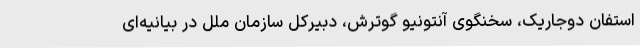
استفان دوجاریک، سخنگوی آنتونیو گوترش، دبیرکل سازمان ملل در بیانیه‌ای